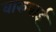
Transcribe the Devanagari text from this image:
वारुबाई